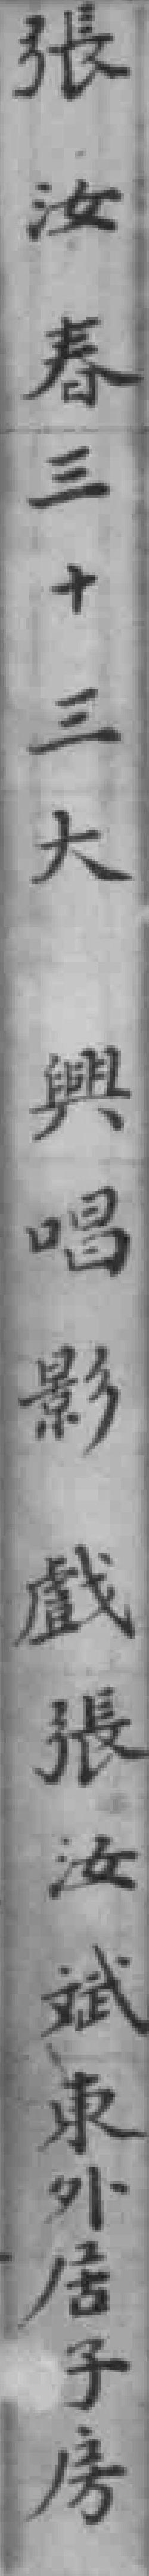
張汝春三十三大興唱影戲張汝斌東外居子房